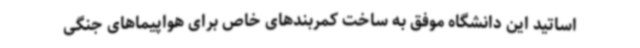
اساتید این دانشگاه موفق به ساخت کمربندهای خاص برای هواپیماهای جنگی